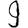
Digit: 9